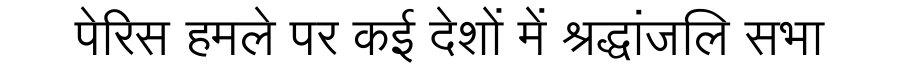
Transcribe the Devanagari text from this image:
पेरिस हमले पर कई देशों में श्रद्धांजलि सभा